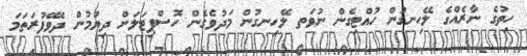
ހިތުގެ ނާރެއްގެ ލޭހިނގުން ހުއްޓިގެން ނުވަތ ލޭހިނގުން މަދުވެގެން ހޮސްޕިޓަލަށް ދިޔުމުން ދެވޭފުރަތަމަ